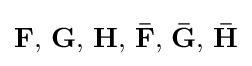
{\textstyle \mathbf {F,\,G,\,H,\,{\bar {F}},\,{\bar {G}},\,{\bar {H}}} }